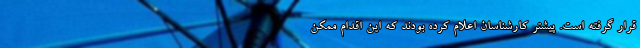
قرار گرفته است. پیشتر کارشناسان اعلام کرده بودند که این اقدام ممکن